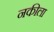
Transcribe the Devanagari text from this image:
नकीला